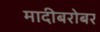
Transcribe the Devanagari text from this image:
मादीबरोबर